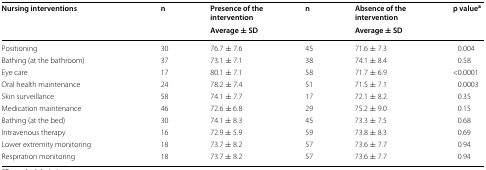
<table><thead><tr><td rowspan="2"><b>Nursing interventions</b></td><td rowspan="2"><b>n</b></td><td><b>Presence of the intervention</b></td><td rowspan="2"><b>n</b></td><td><b>Absence of the intervention</b></td><td rowspan="2"><b>p value<sup>a</sup></b></td></tr><tr><td><b>Average ± SD</b></td><td><b>Average ± SD</b></td></tr></thead><tbody><tr><td>Positioning</td><td>30</td><td>76.7 ± 7.6</td><td>45</td><td>71.6 ± 7.3</td><td>0.004</td></tr><tr><td>Bathing (at the bathroom)</td><td>37</td><td>73.1 ± 7.1</td><td>38</td><td>74.1 ± 8.4</td><td>0.58</td></tr><tr><td>Eye care</td><td>17</td><td>80.1 ± 7.1</td><td>58</td><td>71.7 ± 6.9</td><td>&lt;0.0001</td></tr><tr><td>Oral health maintenance</td><td>24</td><td>78.2 ± 7.4</td><td>51</td><td>71.5 ± 7.1</td><td>0.0003</td></tr><tr><td>Skin surveillance</td><td>58</td><td>74.1 ± 7.7</td><td>17</td><td>72.1 ± 8.2</td><td>0.35</td></tr><tr><td>Medication maintenance</td><td>46</td><td>72.6 ± 6.8</td><td>29</td><td>75.2 ± 9.0</td><td>0.15</td></tr><tr><td>Bathing (at the bed)</td><td>30</td><td>74.1 ± 8.3</td><td>45</td><td>73.3 ± 7.5</td><td>0.68</td></tr><tr><td>Intravenous therapy</td><td>16</td><td>72.9 ± 5.9</td><td>59</td><td>73.8 ± 8.3</td><td>0.69</td></tr><tr><td>Lower extremity monitoring</td><td>18</td><td>73.7 ± 8.2</td><td>57</td><td>73.6 ± 7.7</td><td>0.94</td></tr><tr><td>Respiration monitoring</td><td>18</td><td>73.7 ± 8.2</td><td>57</td><td>73.6 ± 7.7</td><td>0.94</td></tr></tbody></table>